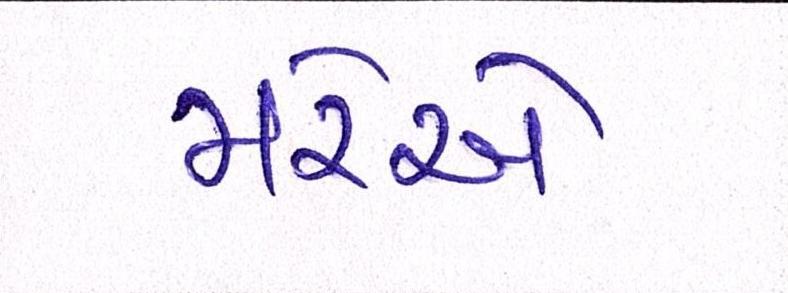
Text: મરેએ